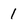
Character: 1